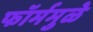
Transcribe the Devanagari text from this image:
फॉर्ममुळे